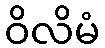
ဝိလိမံ